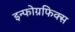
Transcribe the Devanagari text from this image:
इन्फोग्रफिक्स